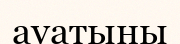
ауатыны